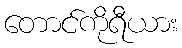
တောင်ကိုရီယား